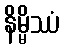
နိမ္မိဿံ